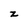
Character: z